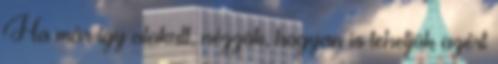
Ha már így alakult, nézzük, hogyan is tehetjük azért